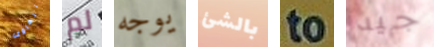
تتهاوى لم يوجه بالشئ to جيد